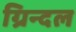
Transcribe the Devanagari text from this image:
ग्रिन्दल